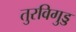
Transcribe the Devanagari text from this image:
तुरविगुड्ड